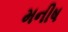
મનીષ